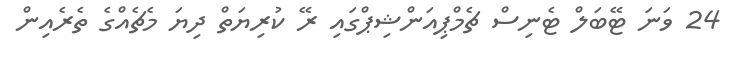
24 ވަނަ ޓޭބަލް ޓެނިސް ޗެމްޕިއަންޝިޕްގައި ރޭ ކުރިޔަތް ދިޔަ މެޗެއްގެ ތެރެއިން